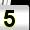
Digit: 5